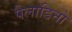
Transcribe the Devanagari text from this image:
पैलाडिनो